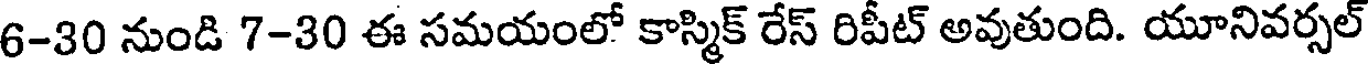
6-30 నుండి 7-30 ఈ సమయంలో కాస్మిక్ రేస్ రిపీట్ అవుతుంది. యూనివర్సల్